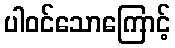
ပါဝင်သောကြောင့်